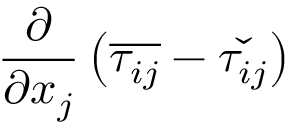
\frac { \partial } { \partial x _ { j } } \left( \overline { { \tau _ { i j } } } - \check { \tau _ { i j } } \right)